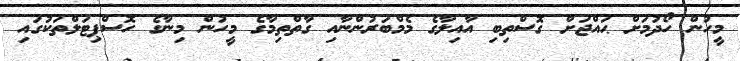
މީހުން ހޯދުމަށް ޙައްޖަށް ގޮސްތިބި އާއިލާގެ މެމްބަރުންނާއި ގާތްތިމާގެ މީހުން މިނާގެ ހޮސްޕިޓަލްތަކުގައި